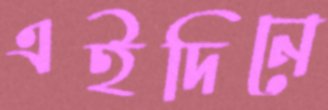
এইদিনে